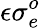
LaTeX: \epsilon\sigma_{e}^{o}